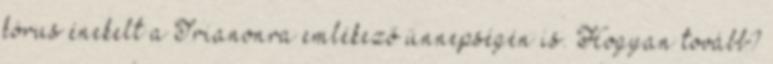
kórus énekelt a Trianonra emlékező ünnepségén is. Hogyan tovább?